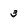
Character: 3